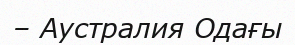
– Аустралия Одағы